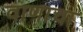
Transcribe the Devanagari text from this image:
वाणाचा